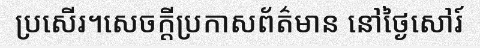
ប្រសើរ។សេចក្តីប្រកាសព័ត៌មាន នៅថ្ងៃសៅរ៍